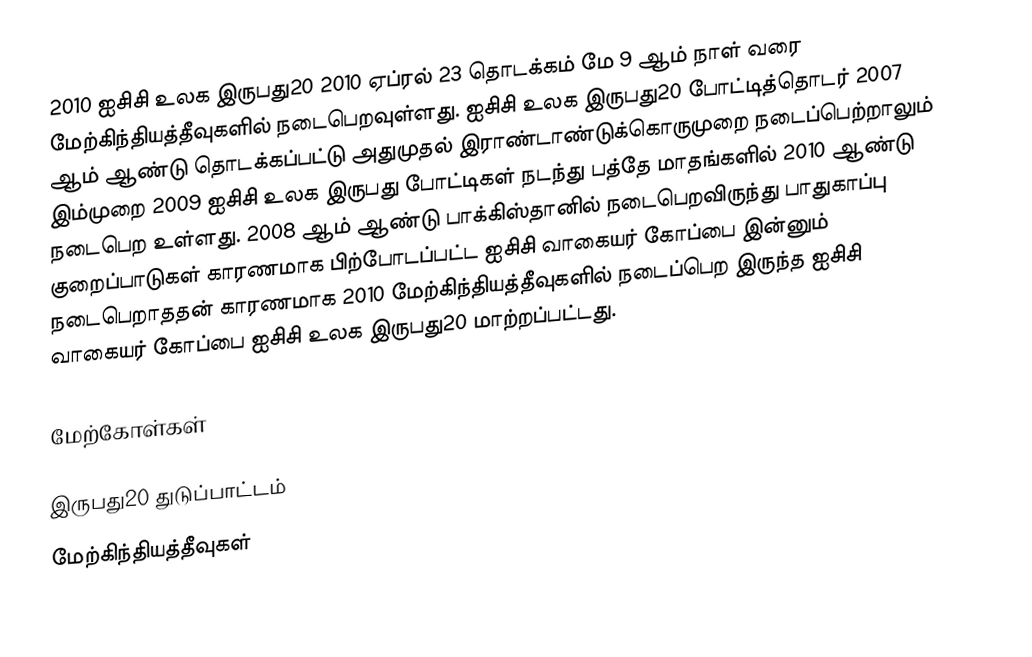
2010 ஐசிசி உலக இருபது20 2010 ஏப்ரல் 23 தொடக்கம் மே 9 ஆம் நாள் வரை மேற்கிந்தியத்தீவுகளில் நடைபெறவுள்ளது. ஐசிசி உலக இருபது20 போட்டித்தொடர் 2007 ஆம் ஆண்டு தொடக்கப்பட்டு அதுமுதல் இராண்டாண்டுக்கொருமுறை நடைப்பெற்றாலும் இம்முறை 2009 ஐசிசி உலக இருபது போட்டிகள் நடந்து பத்தே மாதங்களில் 2010 ஆண்டு நடைபெற உள்ளது. 2008 ஆம் ஆண்டு பாக்கிஸ்தானில் நடைபெறவிருந்து பாதுகாப்பு குறைப்பாடுகள் காரணமாக பிற்போடப்பட்ட ஐசிசி வாகையர் கோப்பை  இன்னும் நடைபெறாததன் காரணமாக 2010 மேற்கிந்தியத்தீவுகளில் நடைப்பெற இருந்த ஐசிசி வாகையர் கோப்பை ஐசிசி உலக இருபது20 மாற்றப்பட்டது.

மேற்கோள்கள்

இருபது20 துடுப்பாட்டம்
மேற்கிந்தியத்தீவுகள்